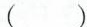
()